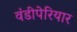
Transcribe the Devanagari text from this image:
वंडीपेरियार